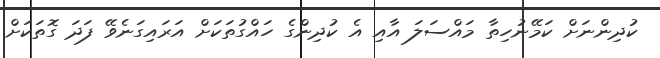
ކުދިންނަށް ކަމޭނުހިތާ މައްސަލަ އާއި އެ ކުދިންގެ ހައްގުތަކަށް އަރައިގަނެވޭ ފަދަ ގޮތަކަށް